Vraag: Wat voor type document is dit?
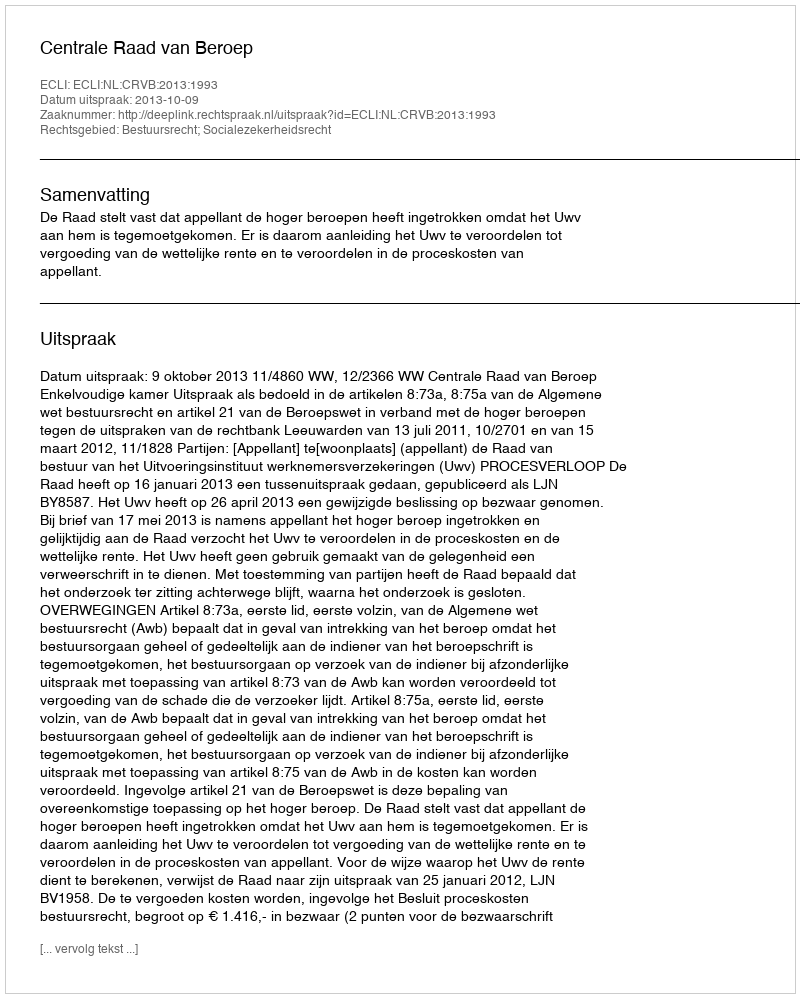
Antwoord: Uitspraak